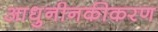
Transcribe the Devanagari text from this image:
आधुनीनकीकरण